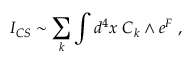
I _ { C S } \sim \sum _ { k } \int d ^ { 4 } x ~ C _ { k } \wedge e ^ { F } \; ,